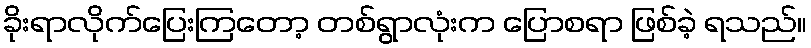
ခိုးရာလိုက်ပြေးကြတော့ တစ်ရွာလုံးက ပြောစရာ ဖြစ်ခဲ့ ရသည်။